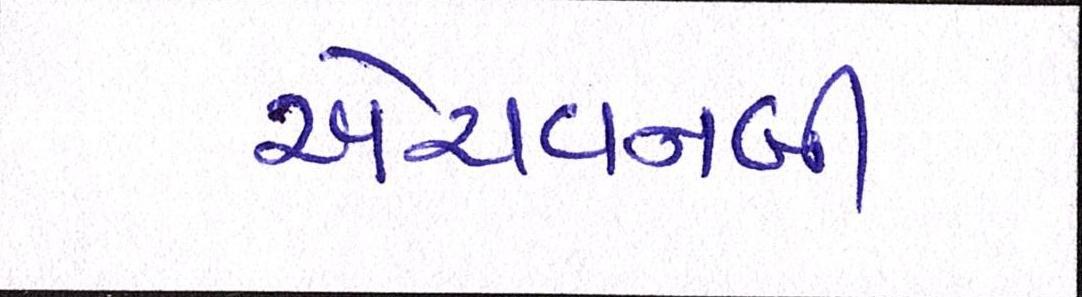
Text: એચવનબી